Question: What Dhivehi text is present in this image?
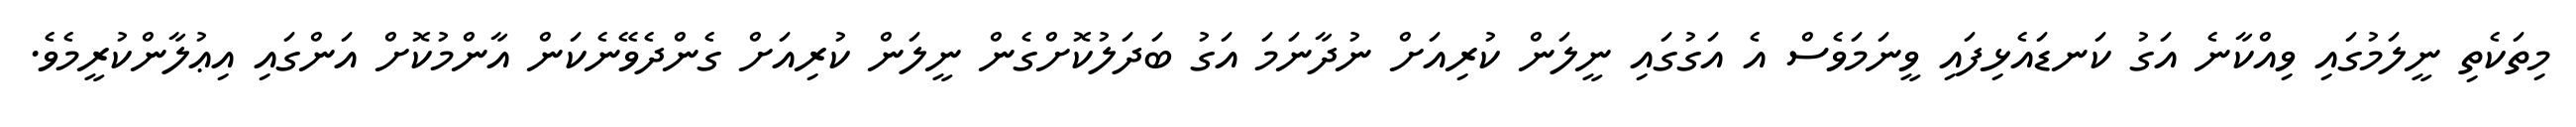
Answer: މިތަކެތި ނީލަމުގައި ވިއްކާނެ އަގު ކަނޑައެޅިފައި ވީނަމަވެސް އެ އަގުގައި ނީލަން ކުރިއަށް ނުދާނަމަ އަގު ބަދަލުކޮށްގެން ނީލަން ކުރިއަށް ގެންދެވޭނެކަން އާންމުކޮށް އަންގައި އިޢުލާންކުރީމެވެ.